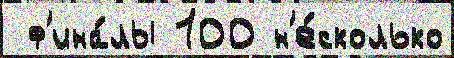
 ф'ина́лы 100 н'е́сколько